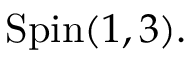
\mathrm { S p i n } ( 1 , 3 ) .